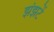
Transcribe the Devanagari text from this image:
झंझटें